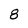
Character: 8